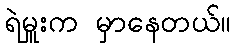
ရဲမှူးက မှာနေတယ်။